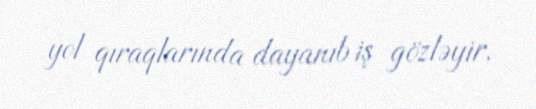
yol qıraqlarında dayanıb iş gözləyir.